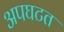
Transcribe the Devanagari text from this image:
अपघटत